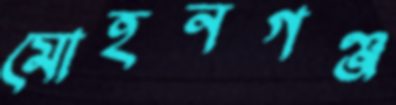
মোহনগঞ্জ